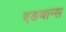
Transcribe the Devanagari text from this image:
एडवान्स